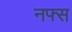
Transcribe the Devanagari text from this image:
नफ्स